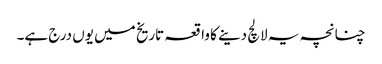
چنانچہ یہ لالچ دینے کا واقعہ تاریخ میں یوں درج ہے۔